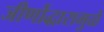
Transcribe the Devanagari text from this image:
जीर्णोद्धारामुळे